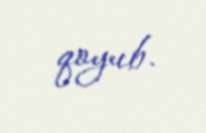
qoyub.